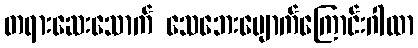
တရားဆေးသောက် သေဘေးပျောက်ကြောင်းဂါထာ